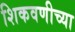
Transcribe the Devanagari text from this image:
शिकवणीच्या